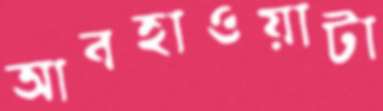
আবহাওয়াটা